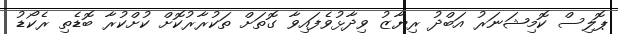
ޕޮލިސް ކޮމިޝަނަރު އަބްދު ރިޔާޒު ވިދާޅުވެފައިވާ ގޮތަށް ތަކުރާރުކޮށް ކުށްކުރާ ބޮޑެތި ރެކޯޑު